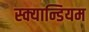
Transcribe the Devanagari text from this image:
स्क्यान्डियम